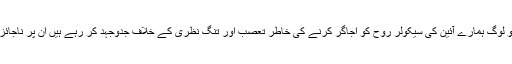
لیکن اس کا یہ مطلب نہیں کہ جو لوگ ہمارے آئین کی سیکولر روح کو اجاگر کرنے کی خاطر تعصب اور تنگ نظری کے خلاف جدوجہد کر رہے ہیں ان پر ناجائز طور پر الزام تراشی کی جائے۔